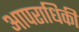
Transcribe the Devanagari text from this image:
आपराधिकी